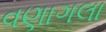
વણાગલા